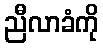
ညီလာခံကို